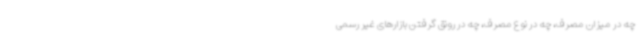
چه در میزان مصرف، چه در نوع مصرف، چه در رونق گرفتن بازارهای غیر رسمی